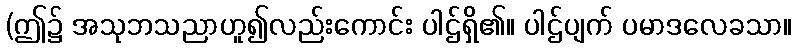
(ဤ၌ အသုဘသညာဟူ၍လည်းကောင်း ပါဌ်ရှိ၏။ ပါဌ်ပျက် ပမာဒလေခသာ။